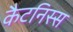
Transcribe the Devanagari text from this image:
कैटनिस्स